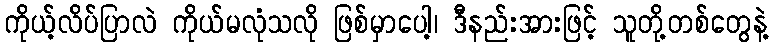
ကိုယ့်လိပ်ပြာလဲ ကိုယ်မလုံသလို ဖြစ်မှာပေါ့၊ ဒီနည်းအားဖြင့် သူတို့တစ်တွေနဲ့